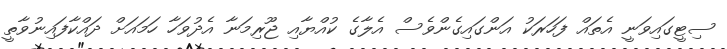
ސިޓީގައިވަނީ އެތައް ފަހަރަކު އަންގައިގެންވެސް އެލާގެ ކުއްޔާއި ޖޫރިމަނާ އެދުވަހާ ހަމައަށް ދައްކާފައިނުވާތީ